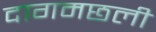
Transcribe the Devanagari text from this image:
दागमछली